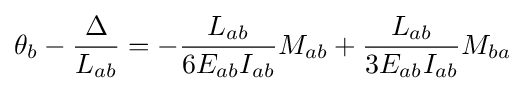
\theta _{b}-{\frac {\Delta }{L_{ab}}}=-{\frac {L_{ab}}{6E_{ab}I_{ab}}}M_{ab}+{\frac {L_{ab}}{3E_{ab}I_{ab}}}M_{ba}